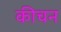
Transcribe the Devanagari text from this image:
कीचन